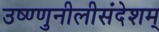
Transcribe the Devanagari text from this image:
उष्ण्णुनीलीसंदेशम्